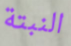
النبتة